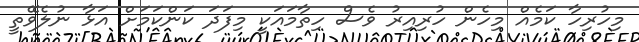
މިހުރިހާ ކަމެއް މިހެން ހުރިއިރު ވެސް ހިތާމައަކީ މިފަދަ ކަންކަމަށް އަޅާ ނުލެވޭތީ